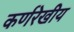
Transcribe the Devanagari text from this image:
कर्णरेखीय